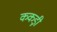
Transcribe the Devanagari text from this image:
ककड़ी़